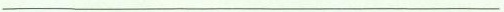
___